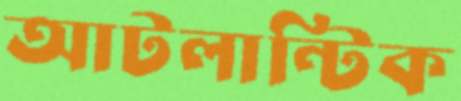
আটলান্টিক